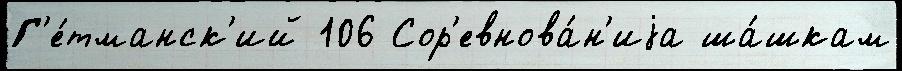
Г'е́тманск'ий 106 Сор'евнова́н'иjа ша́шкам